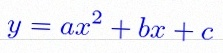
y=ax^2+bx+c